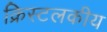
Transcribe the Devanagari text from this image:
क्रिस्टलकीय